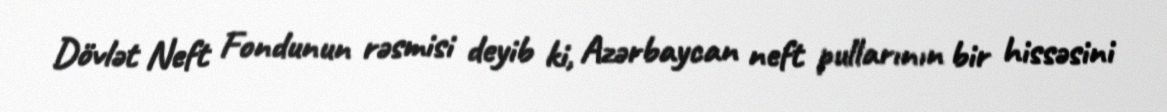
Dövlət Neft Fondunun rəsmisi deyib ki, Azərbaycan neft pullarının bir hissəsini